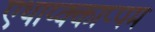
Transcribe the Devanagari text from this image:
एथाय्क्काप्पम